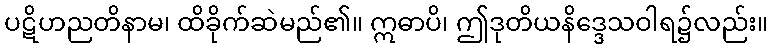
ပဋိဟညတိနာမ၊ ထိခိုက်ဆဲမည်၏။ ဣဓာပိ၊ ဤဒုတိယနိဒ္ဒေသဝါရ၌လည်း။